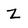
Character: Z